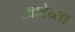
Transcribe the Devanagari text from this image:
खाटेच्या